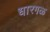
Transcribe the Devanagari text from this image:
धारगळ